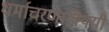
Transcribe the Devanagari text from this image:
धर्माचरणाविषयी